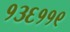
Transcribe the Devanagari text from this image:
१३६११९